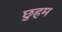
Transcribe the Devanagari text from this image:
छुहम